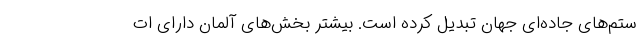
ستم‌های جاده‌ای جهان تبدیل کرده است. بیشتر بخش‌های آلمان دارای ات